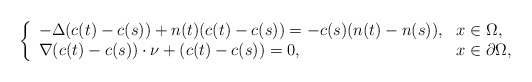
\begin{align*} \left\{\begin{array}{ll}-\Delta(c(t)-c(s))+n(t)(c(t)-c(s))=-c(s)(n(t)-n(s)), &x\in\Omega,\\ \nabla (c(t)-c(s))\cdot \nu+(c(t)-c(s))= 0, &x\in\partial\Omega, \end{array}\right.\end{align*}